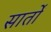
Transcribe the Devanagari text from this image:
सार्तों